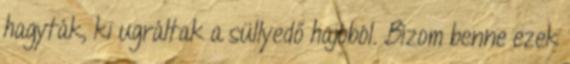
hagyták, ki ugráltak a süllyedő hajóból. Bízom benne ezek